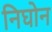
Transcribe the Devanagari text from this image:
निघोन